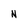
Character: N